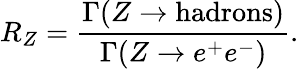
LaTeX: R_{Z}=\frac{\Gamma(Z\rightarrow\mathrm{hadrons})}{\Gamma(Z\rightarrow e^{+}e^{-})}.